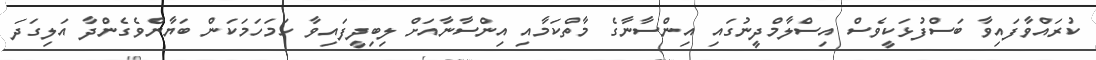
ކުރައްވާފައިވާ ބަސްފުޅަކީވެސް އިސްލާމްދީނުގައި އިންސާނާގެ މާތްކަމާއި އިންސާނާއަށް ލިބިދީފައިވާ ހަމަހަމަކަން ބަޔާންވެގެންދާ އަލިގަދަ